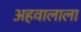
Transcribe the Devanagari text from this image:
अहवालाला